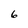
Character: 6